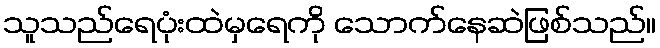
သူသည်ရေပုံးထဲမှရေကို သောက်နေဆဲဖြစ်သည်။